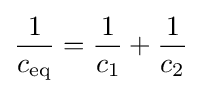
{\frac {1}{c_{\mathrm {eq} }}}={\frac {1}{c_{1}}}+{\frac {1}{c_{2}}}